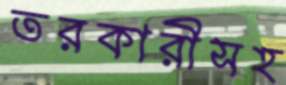
তরকারীসহ